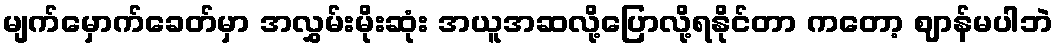
မျက်မှောက်ခေတ်မှာ အလွှမ်းမိုးဆုံး အယူအဆလို့ပြောလို့ရနိုင်တာ ကတော့ ဈာန်မပါဘဲ